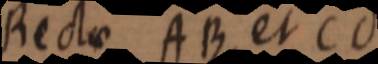
Rectae AB et Cd